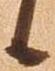
候